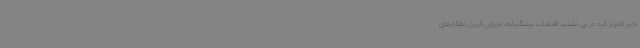
خبر اظهار کرد: در پی تشدید اقدامات پیشگیرانه، اجرایی کردن راهکارهای